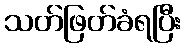
သတ်ဖြတ်ခံရပြီး